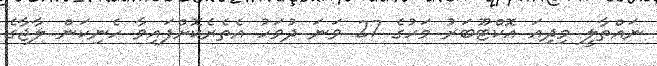
ނައްތާލީ މިދިއަ އޮކްޓޫބަރު މަހުގެ 27 ވަނަ ދުވަހު އެތެރެކޮށްފައިވާ ހެނިކަން ލާޖާގެ